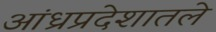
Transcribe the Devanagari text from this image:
आंध्रप्रदेशातले